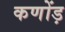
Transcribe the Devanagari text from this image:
कणोंड़